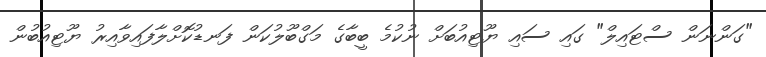
"ގަންނަން ސްޓައިލް" ގައި ސައި ޔޫޓިއުބަށް ނުކުމެ ބީބާގެ މަގްބޫލުކަން ފަނޑުކޮށްލާފައިވާއިރު ޔޫޓިއުބުން